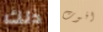
ذلك افوت